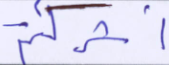
أشركتم